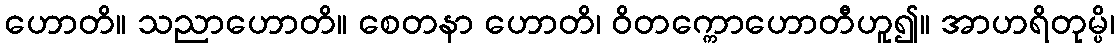
ဟောတိ။ သညာဟောတိ။ စေတနာ ဟောတိ၊ ဝိတက္ကောဟောတီဟူ၍။ အာဟရိတုမ္ပိ၊